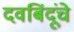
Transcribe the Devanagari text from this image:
दवबिंदूंचे